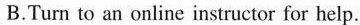
B.Turn to an online instructor for help.